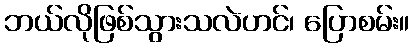
ဘယ်လိုဖြစ်သွားသလဲဟင်၊ ပြောစမ်း။